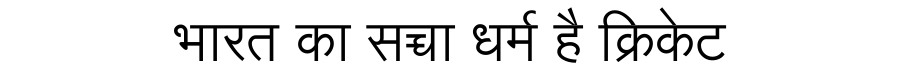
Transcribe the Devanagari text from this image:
भारत का सच्चा धर्म है क्रिकेट